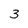
Character: 3